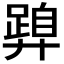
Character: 𭚝